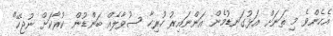
އެހެންވެ މި ތަނަށް އަޅުގަނޑުމެން އަންނައިރު ހުރިހާ ސުވާލެއް ބަންޑުން ކުރާކަށް ނުޖެހޭ"